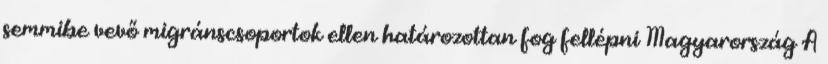
semmibe vevő migránscsoportok ellen határozottan fog fellépni Magyarország A